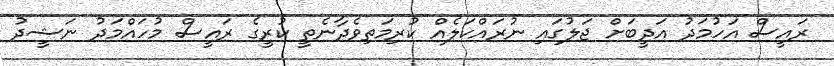
ރައީސް އަހުމަދު އަދީބަށް ޖަލުގައި ނުރައްކަލެއް ކުރިމަތިވެދާނެތީ ކުރީގެ ރައީސް މުހައްމަދު ނަޝީދު